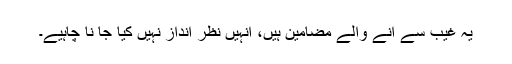
یہ غیب سے آنے والے مضامین ہیں، انہیں نظر انداز نہیں کیا جا نا چاہیے۔